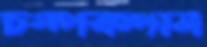
চম্পকদাম